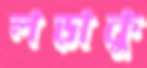
লড়াকু